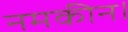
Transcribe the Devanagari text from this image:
नमकीन।